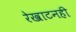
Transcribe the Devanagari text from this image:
रेखाटनही